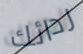
ردائك